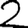
Digit: 2